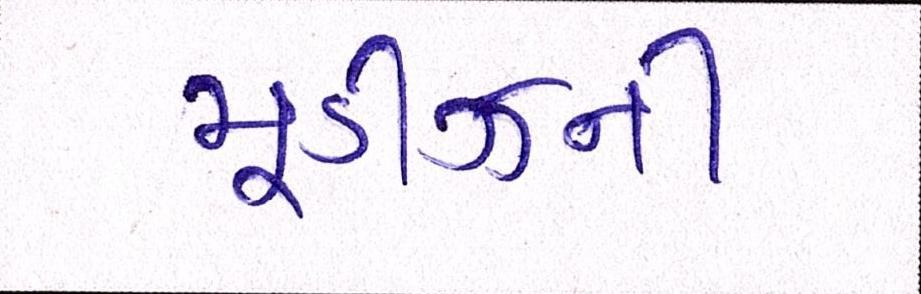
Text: મૂડીઝની